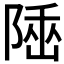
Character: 𨺭